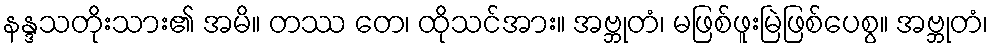
နန္ဒသတိုးသား၏ အမိ။ တဿ တေ၊ ထိုသင်အား။ အဗ္ဘုတံ၊ မဖြစ်ဖူးမြဲဖြစ်ပေစွ။ အဗ္ဘုတံ၊